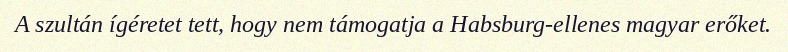
A szultán ígéretet tett, hogy nem támogatja a Habsburg-ellenes magyar erőket.